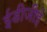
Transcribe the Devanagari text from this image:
ईडीजीई